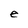
Character: e